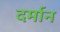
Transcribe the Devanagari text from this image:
दर्मान